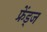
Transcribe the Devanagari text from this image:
फ्रेंड्ज